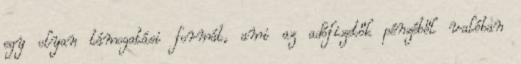
egy olyan támogatási formát, ami az adófizetők pénzéből valóban